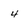
Character: 4